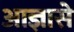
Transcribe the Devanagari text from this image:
आज्ञासे